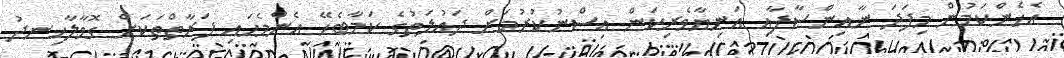
އެހެންކަމުން މިފަދަ ނާއިންސާފާއި އަނިޔާވެރިކަން އިސްނުކުރުމަށް ދައުލަތުގެ ކަމާބެހޭ އެންމެހައި ފަރާތްތަކަށް ގޮވާލާހިނދު